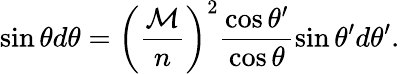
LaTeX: \sin\theta d\theta=\left(\frac{\mathcal{M}}{n}\right)^{2}\frac{\cos\theta^{\prime}}{\cos\theta}\sin\theta^{\prime}d\theta^{\prime}.